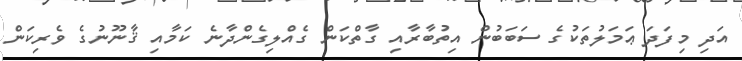
އަދި މިފަދަ ޢަމަލުތަކުގެ ސަބަބުން އިތުބާރާއި ގާތްކަން ގެއްލިގެންދާނެ ކަމާއި ޤާނޫނުގެ ވެރިކަން